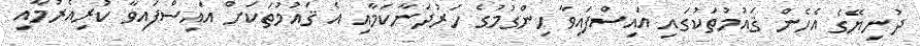
ދުނިޔޭގެ އެހެން ޤައުމުތަކުގައި އައިސްފައިވާ ހިންގުމުގެ ހަރުދަނާކަމާއި އެ ޤައުމުތަކަށް އައިސްފައިވާ ކުރިއެރުމާއި